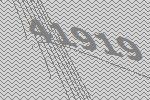
41919